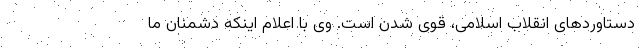
دستاورد‌های انقلاب اسلامی، قوی شدن است. وی با اعلام اینکه دشمنان ما